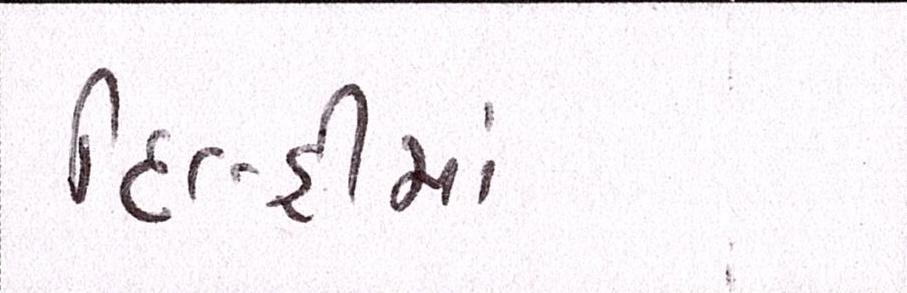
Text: દિલ્હીમાં